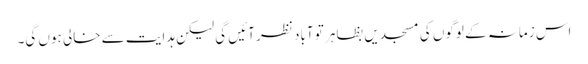
اس زمانہ کے لوگوں کی مسجدیں بظاہر تو آباد نظر آئیں گی لیکن ہدایت سے خالی ہوں گی۔